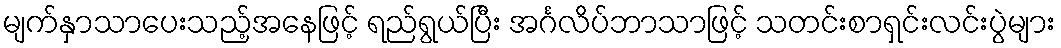
မျက်နှာသာပေးသည့်အနေဖြင့် ရည်ရွယ်ပြီး အင်္ဂလိပ်ဘာသာဖြင့် သတင်းစာရှင်းလင်းပွဲများ